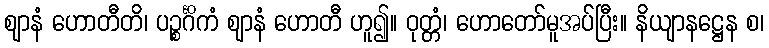
ဈာနံ ဟောတီတိ၊ ပဉ္စင်္ဂိကံ ဈာနံ ဟောတီ ဟူ၍။ ဝုတ္တံ၊ ဟောတော်မူအပ်ပြီး။ နိယျာနဋ္ဌေန စ၊